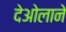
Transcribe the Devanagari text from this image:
देओलाने